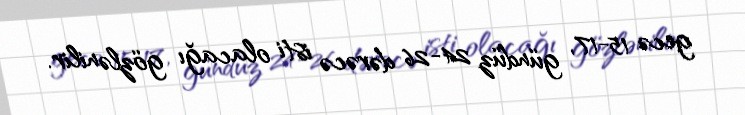
gecə 15-17, gündüz 24-26 dərəcə isti olacağı gözlənilir.